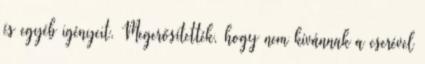
és egyéb igényeit. Megerősítették, hogy nem kívánnak a cserével